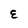
Character: E